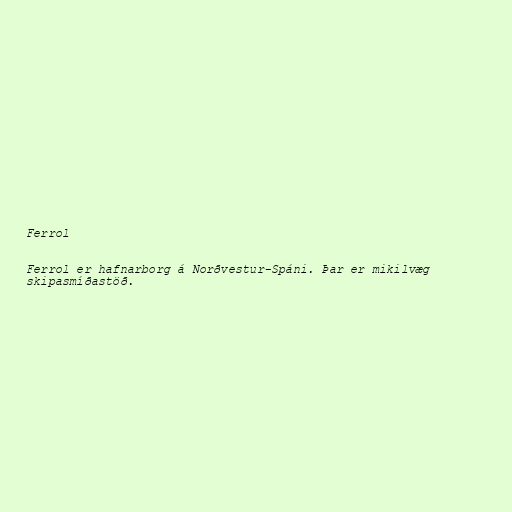
Ferrol

Ferrol er hafnarborg á Norðvestur-Spáni. Þar er mikilvæg
skipasmíðastöð.